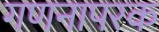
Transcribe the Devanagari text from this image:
गणनापरक